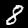
Digit: 8